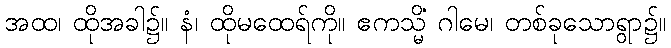
အထ၊ ထိုအခါ၌။ နံ၊ ထိုမထေရ်ကို။ ဧကသ္မိံ ဂါမေ၊ တစ်ခုသောရွာ၌။